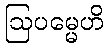
ဩပမ္မေဟိ